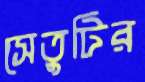
সেতুটির